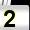
Digit: 2